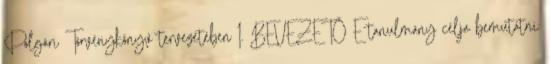
Polgári Törvénykönyv tervezetében I. BEVEZETŐ E tanulmány célja bemutatni